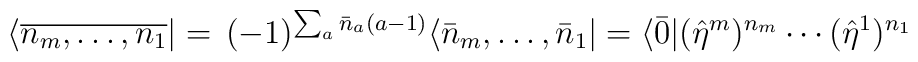
\langle\overline{n_m,\ldots,n_1}|=\,(-1)^{\sum_{a}\bar{n}_a(a-1)}\langle\bar{n}_m,\ldots,\bar{n}_1|=\langle\bar{0}|(\hat{\eta}^m)^{n_m}\cdots(\hat{\eta}^1)^{n_1}